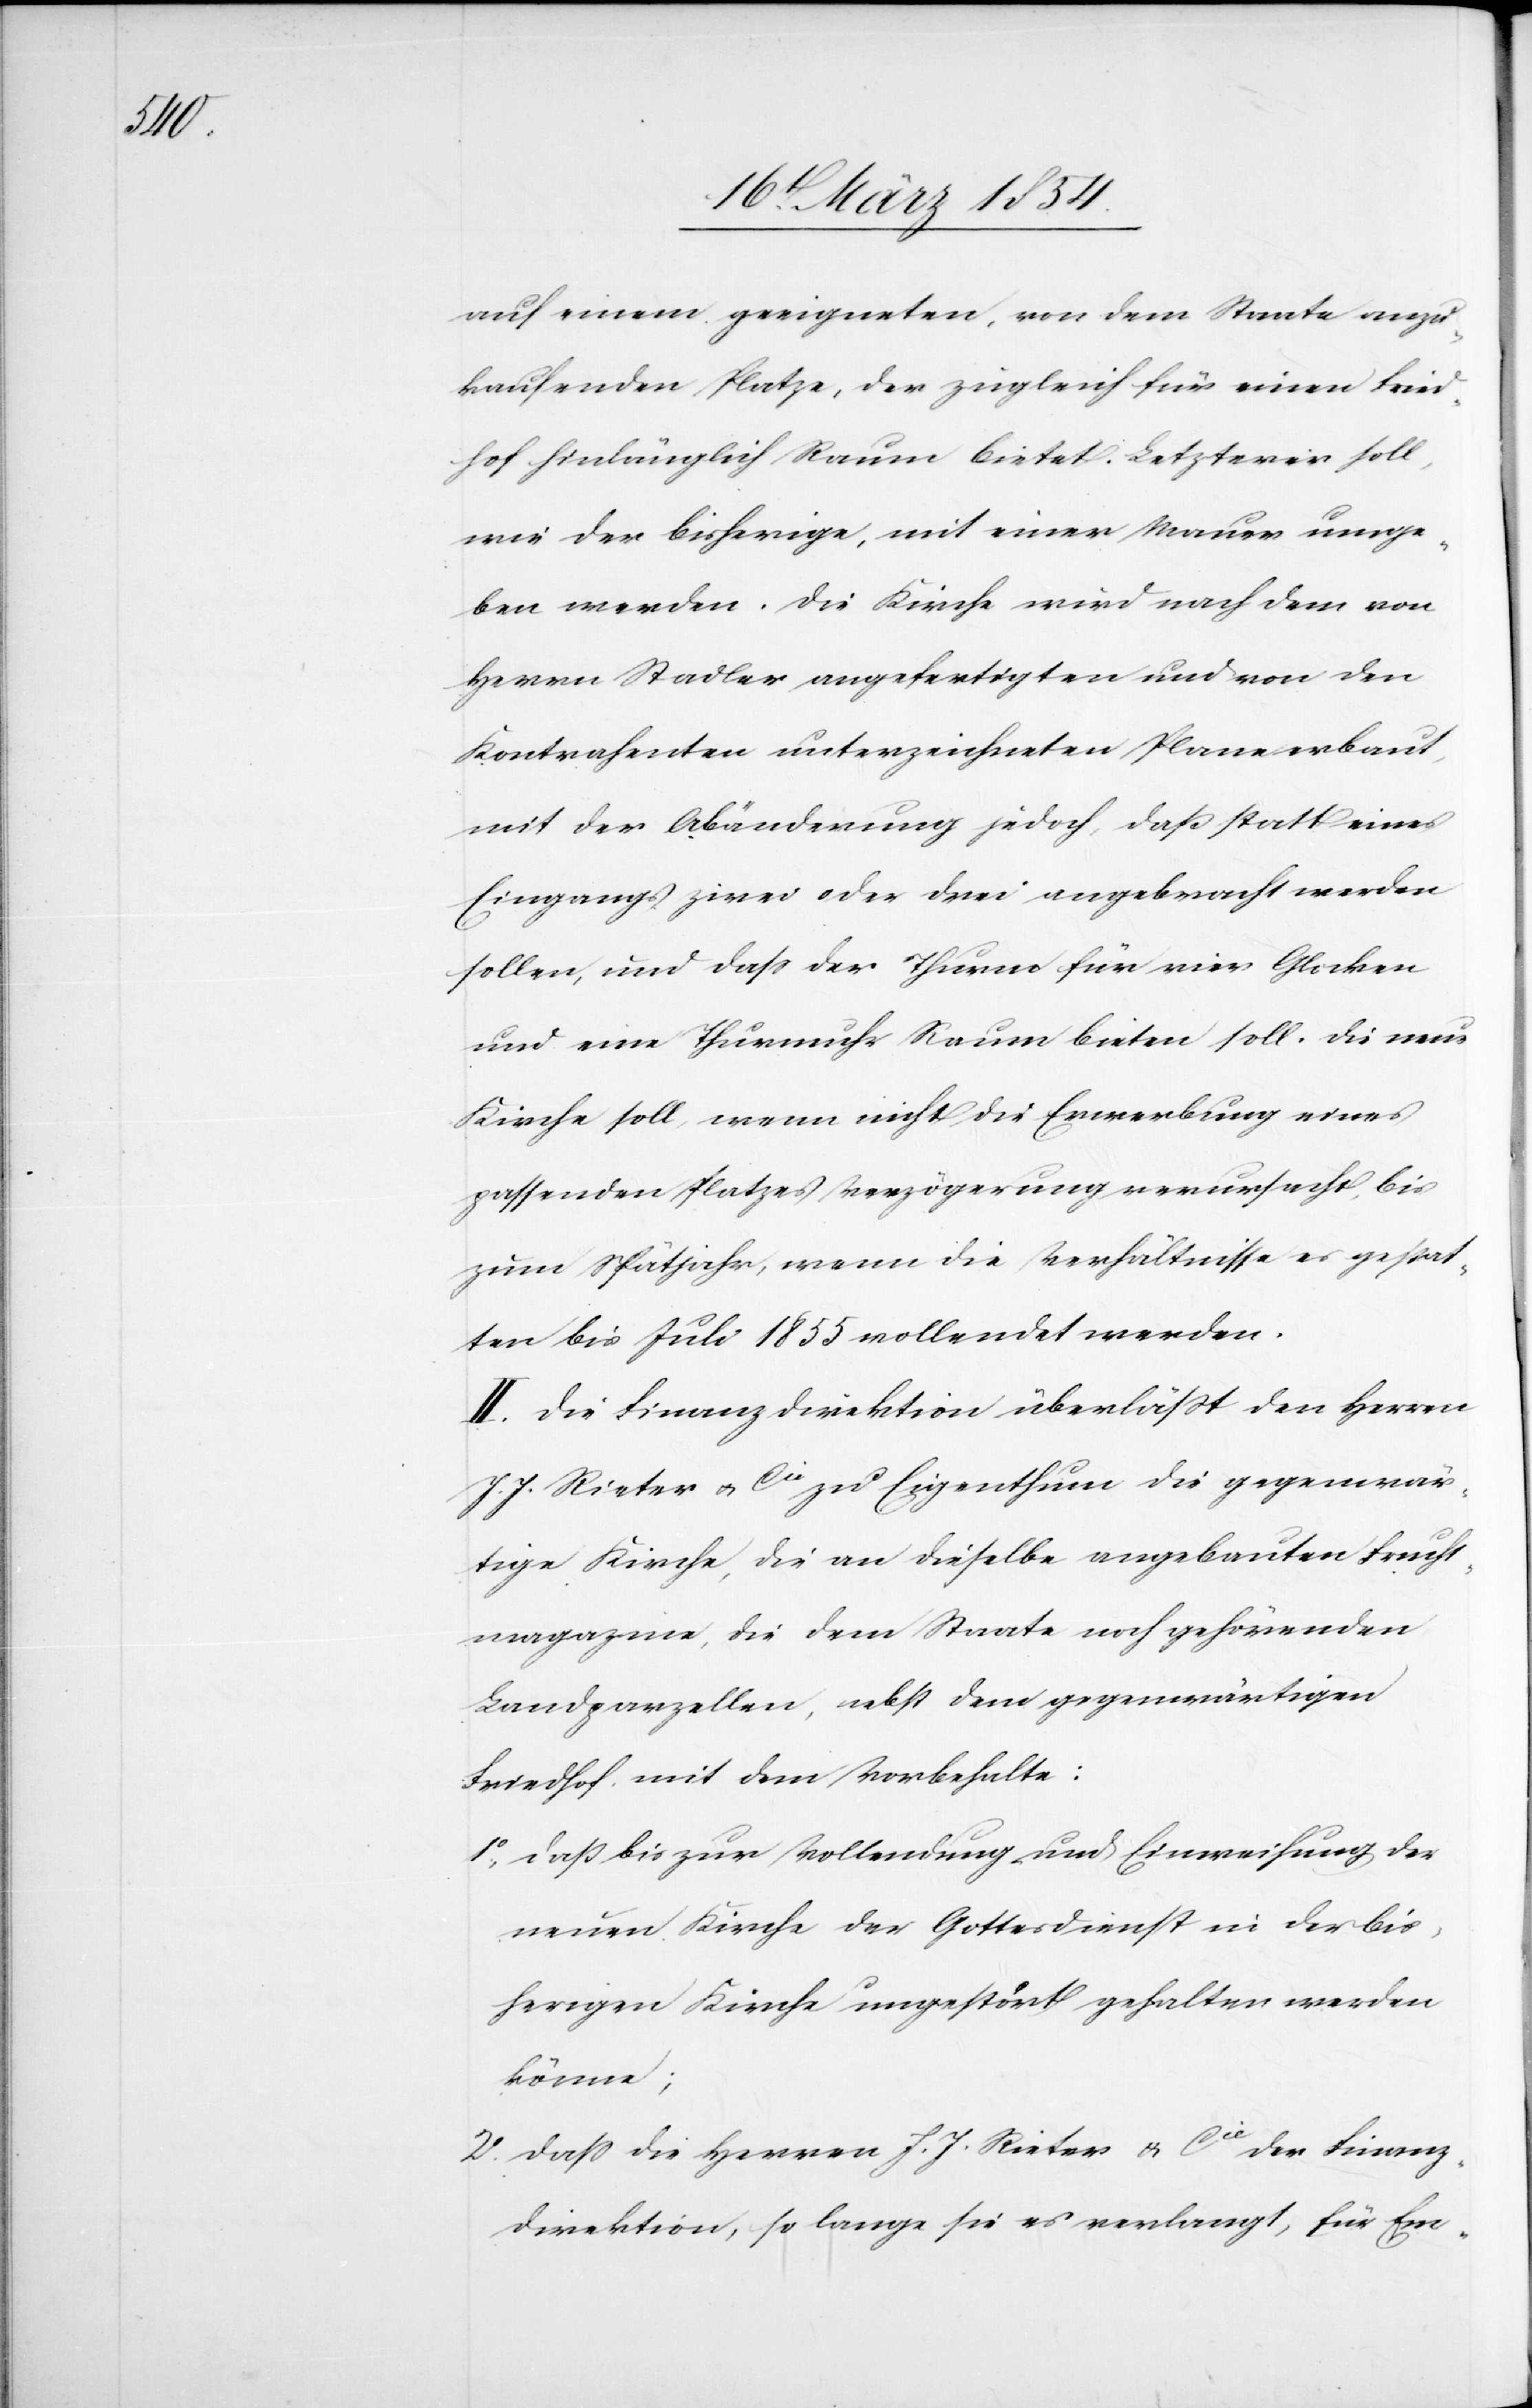
auf einem geeigneten, von dem Staate anzu¬
kaufenden Platze, der zugleich für einen Fried¬
hof hinlänglich Raum bietet. Letzterer soll,
wie der bisherige, mit einer Mauer umge¬
ben werden. Die Kirche wird nach dem von
Herrn Stadler angefertigten und von den
Kontrahenten unterzeichneten Plane erbaut,
mit der Abänderung jedoch, daß statt eines
Eingangs zwei oder drei angebracht werden
sollen, und daß der Thurm für vier Glocken
und eine Thurmuhr Raum bieten soll. Die neue
Kirche soll, wenn nicht die Erwerbung eines
passenden Platzes Verzögerung verursacht, bis
zum Spätjahr, wenn die Verhältnisse es gestat¬
ten bis Juli 1855 vollendet werden.
II. Die Finanzdirektion überläßt den Herrn
J. J. Rieter & Cie zu Eigenthum die gegenwär¬
tige Kirche, die an dieselbe angebauten Frucht¬
magazine, die dem Staate noch gehörenden
Landparzellen, nebst dem gegenwärtigen
Friedhof mit dem Vorbehalte:
1o Daß bis zur Vollendung und Einweihung der
neuen Kirche der Gottesdienst in der bis¬
herigen Kirche ungestört gehalten werden
könne;
2o Daß die Herren J. J. Rieter & Cie der Finanz¬
direktion, so lange sie es verlangt, für Em-